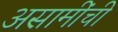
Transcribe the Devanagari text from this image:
असामींची